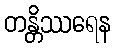
တန္တိဿရေန